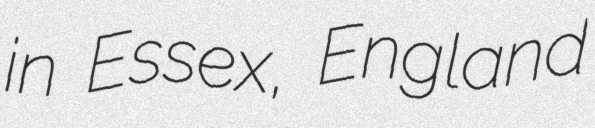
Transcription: in Essex, England